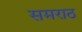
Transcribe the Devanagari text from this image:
समराठ